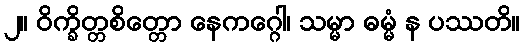
၂။ ဝိက္ခိတ္တစိတ္တော နေကဂ္ဂေါ၊ သမ္မာ ဓမ္မံ န ပဿတိ။